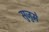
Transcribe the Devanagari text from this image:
सुजुमे